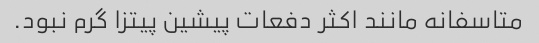
متاسفانه مانند اکثر دفعات پیشین پیتزا گرم نبود.